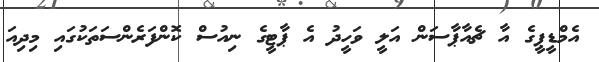
އެމްޑީޕީގެ އާ ޗެއާޕާސަން އަލީ ވަހީދު އެ ޕާޓީގެ ނިއުސް ކޮންފަރެންސަތަކުގައި މިދިއަ